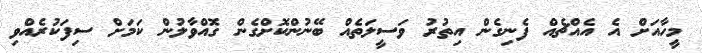
މީހާއަށް އެ އެއްޗެއް ފެނިގެން އިތުރު ވަސީލަތެއް ބޭނުންކޮށްގެން ގޮއްވާލުން ކަމަށް ސިފަކުރެއްވި